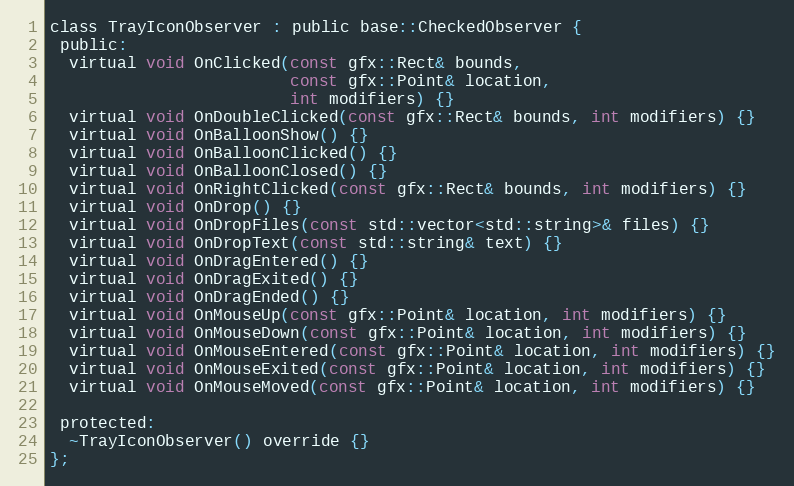
Language: C
class TrayIconObserver : public base::CheckedObserver {
 public:
  virtual void OnClicked(const gfx::Rect& bounds,
                         const gfx::Point& location,
                         int modifiers) {}
  virtual void OnDoubleClicked(const gfx::Rect& bounds, int modifiers) {}
  virtual void OnBalloonShow() {}
  virtual void OnBalloonClicked() {}
  virtual void OnBalloonClosed() {}
  virtual void OnRightClicked(const gfx::Rect& bounds, int modifiers) {}
  virtual void OnDrop() {}
  virtual void OnDropFiles(const std::vector<std::string>& files) {}
  virtual void OnDropText(const std::string& text) {}
  virtual void OnDragEntered() {}
  virtual void OnDragExited() {}
  virtual void OnDragEnded() {}
  virtual void OnMouseUp(const gfx::Point& location, int modifiers) {}
  virtual void OnMouseDown(const gfx::Point& location, int modifiers) {}
  virtual void OnMouseEntered(const gfx::Point& location, int modifiers) {}
  virtual void OnMouseExited(const gfx::Point& location, int modifiers) {}
  virtual void OnMouseMoved(const gfx::Point& location, int modifiers) {}

 protected:
  ~TrayIconObserver() override {}
};